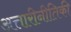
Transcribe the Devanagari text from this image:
अत्तारीनीतिकी